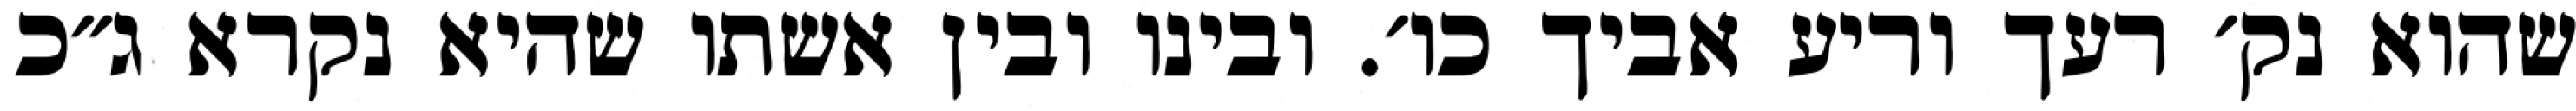
שהוא נק׳ רעך וריע אביך כו׳. ובינו ובין אשתו שהיא נקרא ג״כ